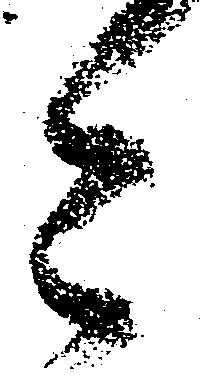
今